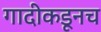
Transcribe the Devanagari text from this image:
गादीकडूनच